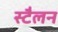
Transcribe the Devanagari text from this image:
स्टैलन